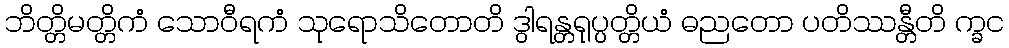
ဘိတ္တိမတ္တိကံ သောဝီရကံ သုရောသိတောတိ ဒွါရန္တရုပ္ပတ္တိယံ ဓညတော ပတိဿန္တီတိ က္ခင